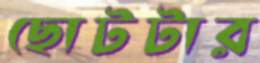
ছোটটার